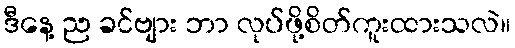
ဒီနေ့ ည ခင်ဗျား ဘာ လုပ်ဖို့စိတ်ကူးထားသလဲ။